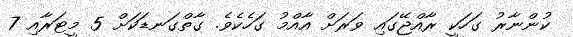
ކުންނާރު ގަހަކީ ރާއްޖޭގައި ވަރަށް އާއްމު ގަހެކެވެ. ގާތްގަނޑަކަށް 5 މީޓަރާއި 7